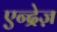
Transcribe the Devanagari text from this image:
एन्द्रेज़